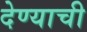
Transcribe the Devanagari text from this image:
देण्‍याची